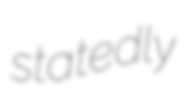
statedly